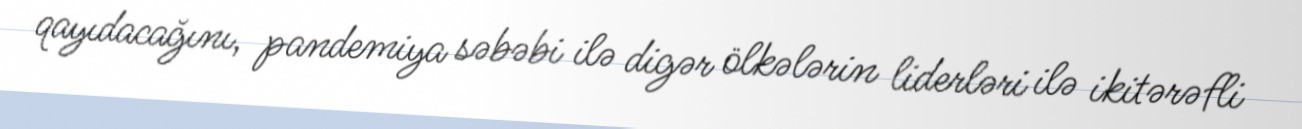
qayıdacağını, pandemiya səbəbi ilə digər ölkələrin liderləri ilə ikitərəfli